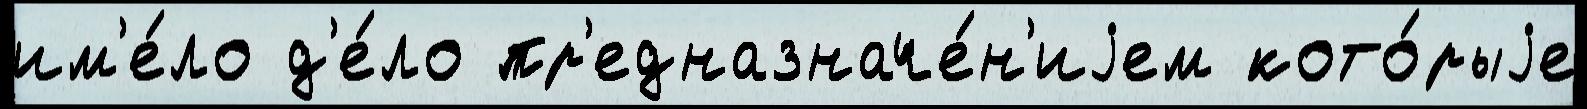
им'е́ло д'е́ло пр'едназначе́н'иjем кото́рыjе